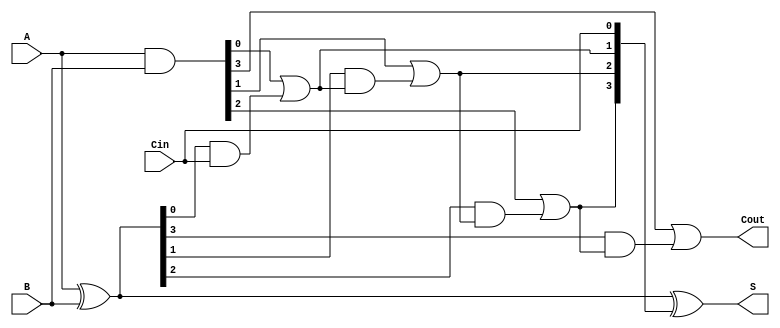
module VLCLA #(parameter N = 4) (
    input  wire [N-1:0] A,      // First operand
    input  wire [N-1:0] B,      // Second operand
    input  wire Cin,             // Carry-in
    output wire [N-1:0] S,       // Sum output
    output wire Cout             // Carry-out
);

    // Generate and Propagate signals
    wire [N-1:0] G; // Generate
    wire [N-1:0] P; // Propagate
    wire [N:0] C;   // Carry signals

    // Generate and Propagate calculations
    assign G = A & B;          // G_i = A_i AND B_i
    assign P = A ^ B;          // P_i = A_i XOR B_i

    // Carry signals calculation
    assign C[0] = Cin;         // C_0 = Cin
    genvar i;
    generate
        for (i = 0; i < N; i = i + 1) begin : carry_logic
            if (i == 0) begin
                assign C[i + 1] = G[i] | (P[i] & C[i]); // C_1
            end else begin
                assign C[i + 1] = G[i] | (P[i] & C[i]); // C_2, C_3, ..., C_n
            end
        end
    endgenerate

    // Sum calculation
    assign S = P ^ C[N-1:0]; // S_i = P_i XOR C_i
    assign Cout = C[N];      // Carry-out

endmodule